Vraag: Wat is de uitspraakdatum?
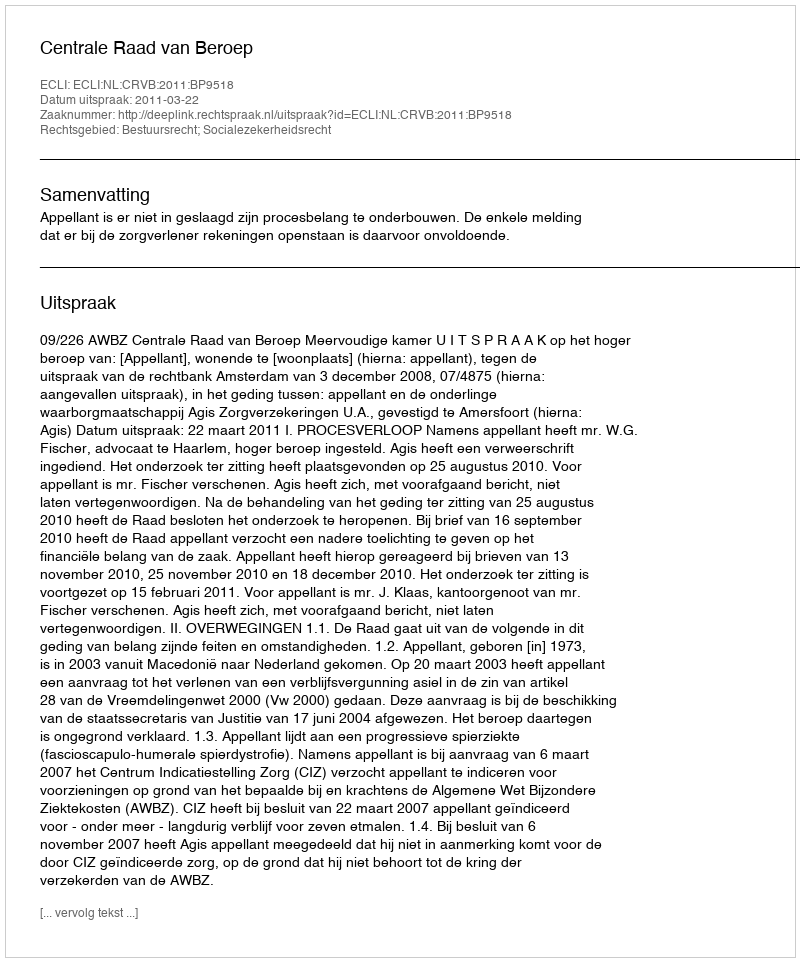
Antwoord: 2011-03-22